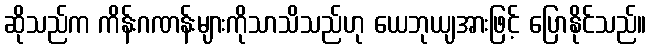
ဆိုသည်က ကိန်းဂဏန်းများကိုသာသိသည်ဟု ယေဘုယျအားဖြင့် ပြောနိုင်သည်။